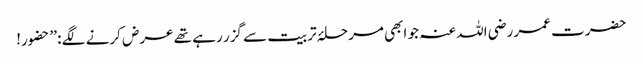
حضرت عمر رضی اللہ عنہ جو ابھی مرحلۂ تربیت سے گزر رہے تھے عرض کرنے لگے : ’’حضور!